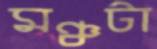
মঞ্চটা